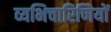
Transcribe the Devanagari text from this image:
व्यभिचारिणियों